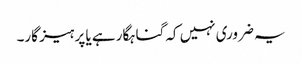
یہ ضروری نہیں کہ گناہگار ہے یا پرہیز گار۔